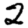
Digit: 2